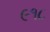
૯૧૮